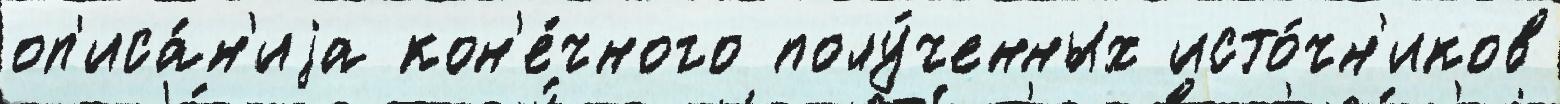
оп'иса́н'иjа кон'е́чного полу́ченных исто́чн'иков